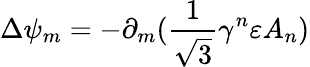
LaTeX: \Delta\psi_{m}=-\partial_{m}(\frac{1}{\sqrt{3}}\gamma^{n}\varepsilon A_{n})